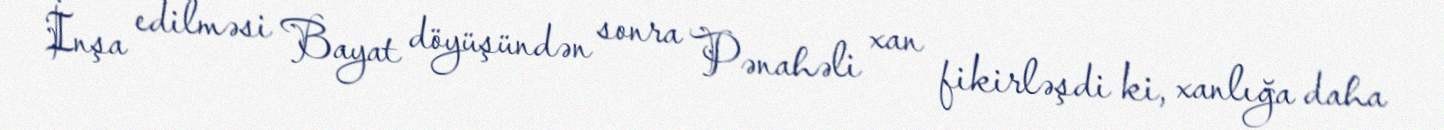
İnşa edilməsi Bayat döyüşündən sonra Pənahəli xan fikirləşdi ki, xanlığa daha